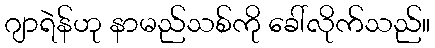
ဂျာရဲန်ဟု နာမည်သစ်ကို ခေါ်လိုက်သည်။